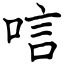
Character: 唁